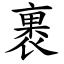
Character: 裹